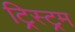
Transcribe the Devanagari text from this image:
ट्रिस्ट्रम